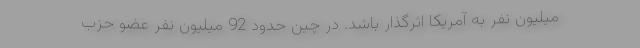
میلیون نفر به آمریکا اثرگذار باشد. در چین حدود 92 میلیون نفر عضو حزب